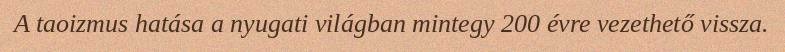
A taoizmus hatása a nyugati világban mintegy 200 évre vezethető vissza.